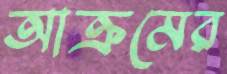
আক্রমের